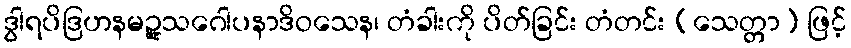
ဒွါရပိဒြဟနမဉ္ဇူသဂေါပနာဒိဝသေန၊ တံခါးကို ပိတ်ခြင်း တံတင်း (သေတ္တာ) ဖြင့်